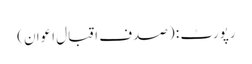
رپورٹ : (صدف اقبال اعوان)